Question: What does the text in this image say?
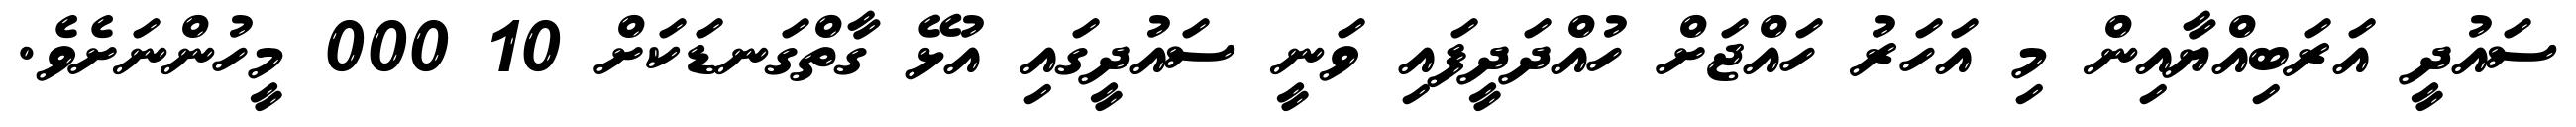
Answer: ސައުދީ އަރަބިއްޔާއިން މި އަހަރު ހައްޖަށް ހުއްދަދީފައި ވަނީ ސައުދީގައި އުޅޭ ގާތްގަނޑަކަށް 10 000 މީހުންނަށެވެ.